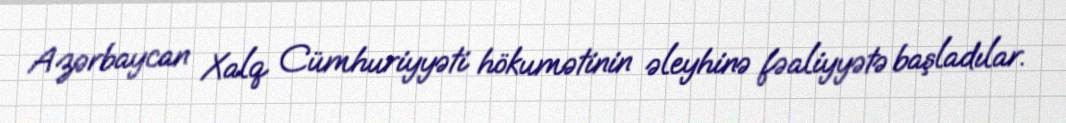
Azərbaycan Xalq Cümhuriyyəti hökumətinin əleyhinə fəaliyyətə başladılar.